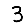
Digit: 3